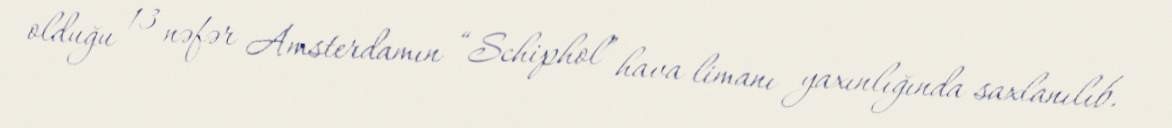
olduğu 13 nəfər Amsterdamın “Schiphol” hava limanı yaxınlığında saxlanılıb.